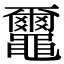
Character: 𪓿